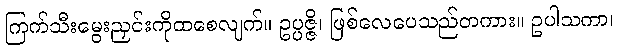
ကြက်သီးမွေးညှင်းကိုထစေလျက်။ ဥပ္ပဇ္ဇိ၊ ဖြစ်လေပေသည်တကား။ ဥပါသကာ၊